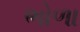
ભોળા